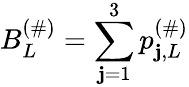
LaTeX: B_{L}^{(\# )}=\sum_{\mathbf{j}=1}^{3}p_{\mathbf{j},L}^{(\# )}